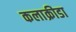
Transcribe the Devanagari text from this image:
कलाक्रीडा